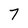
Character: 7